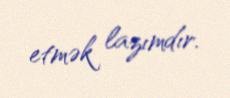
etmək lazımdır.